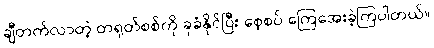
ချီတက်လာတဲ့ တရုတ်စစ်ကို ခုခံနိုင်ပြီး စေ့စပ် ကြေအေးခဲ့ကြပါတယ်။